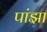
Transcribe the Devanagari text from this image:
पांझा